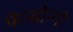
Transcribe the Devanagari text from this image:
फेन्डोन्गो